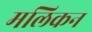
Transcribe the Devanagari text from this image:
मलिकन